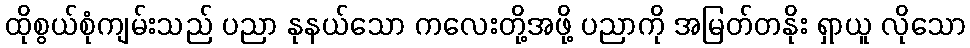
ထိုစွယ်စုံကျမ်းသည် ပညာ နုနယ်သော ကလေးတို့အဖို့ ပညာကို အမြတ်တနိုး ရှာယူ လိုသော